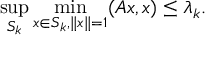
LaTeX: \operatorname* { s u p } _ { S _ { k } } \operatorname* { m i n } _ { x \in S _ { k } , \| x \| = 1 } ( A x , x ) \leq \lambda _ { k } .